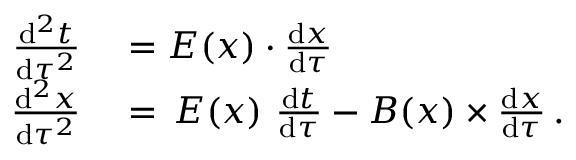
\begin{array} { r l } { \frac { \mathrm { d } ^ { 2 } t } { \mathrm { d } \tau ^ { 2 } } } & { { } = E ( x ) \cdot \frac { \mathrm { d } { x } } { \mathrm { d } \tau } } \\ { \frac { \mathrm { d } ^ { 2 } x } { \mathrm { d } \tau ^ { 2 } } } & { { } = \, E ( x ) \ \frac { \mathrm { d } t } { \mathrm { d } \tau } - B ( x ) \times \frac { \mathrm { d } { x } } { \mathrm { d } \tau } \, . } \end{array}